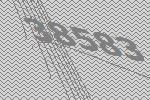
38583